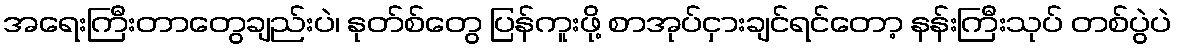
အရေးကြီးတာတွေချည်းပဲ၊ နုတ်စ်တွေ ပြန်ကူးဖို့ စာအုပ်ငှားချင်ရင်တော့ နန်းကြီးသုပ် တစ်ပွဲပဲ